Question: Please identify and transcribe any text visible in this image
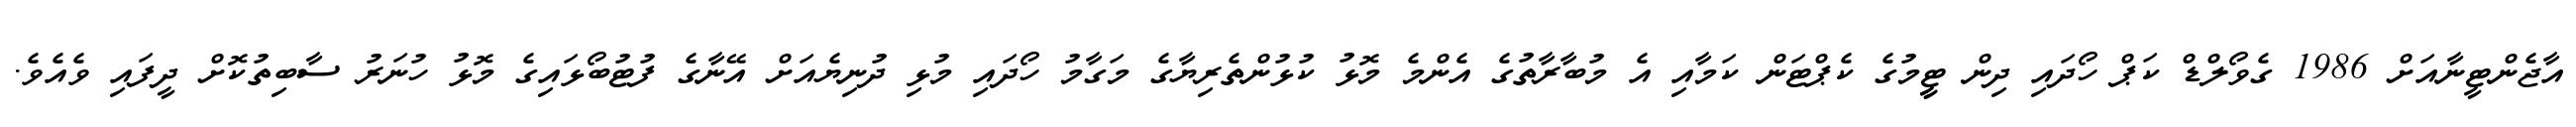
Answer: އާޖެންޓީނާއަށް 1986 ގެވޯލްޑް ކަޕް ހޯދައި ދިން ޓީީމުގެ ކެޕްޓަން ކަމާއި އެ މުބާރާތުގެ އެންމެ މޮޅު ކުޅުންތެރިޔާގެ މަގާމު ހޯދައި މުޅި ދުނިޔެއަށް އޭނާގެ ފުޓުބޯޅައިގެ މޮޅު ހުނަރު ސާބިތުކޮށް ދީފައި ވެއެވެ.